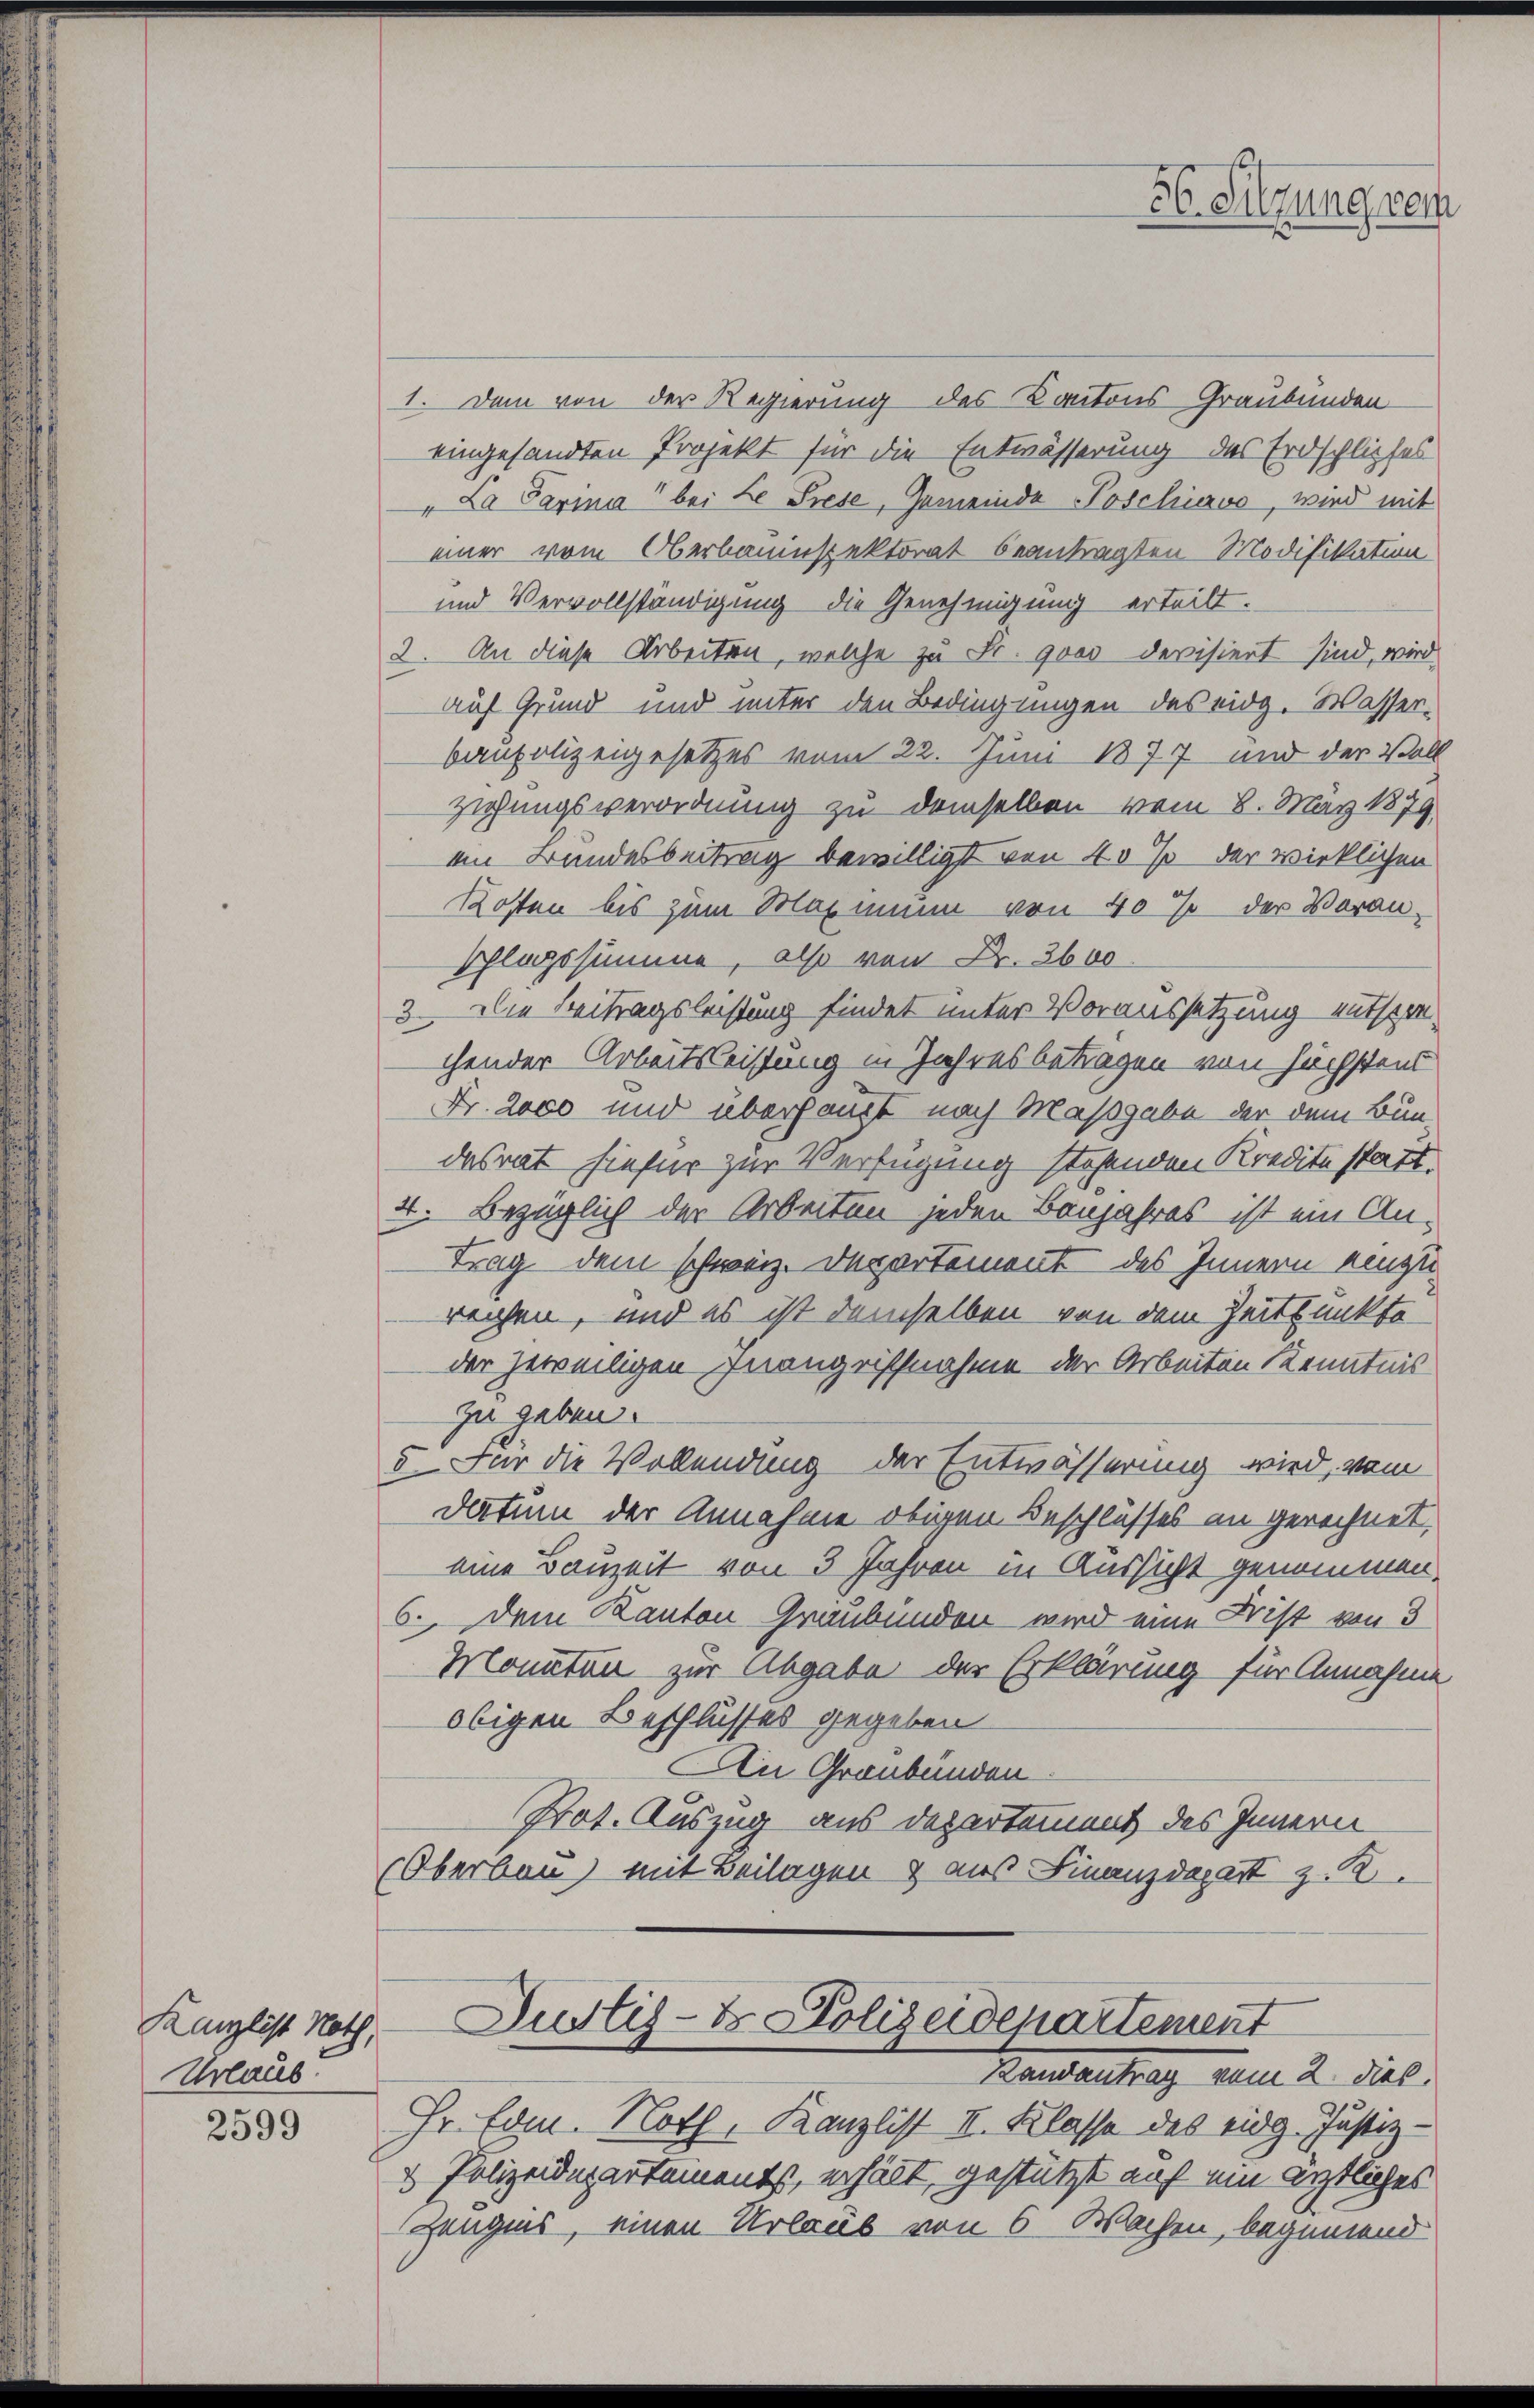
Kanzlist Noth,
Urlaub.

2599

.

56. Silzung rei

1. Dem von der Regierung des Kantons Graubünden
eingesandten Projekt für die Entwässerung des Erdschliefes
"La Parina bei Le Trese, Gemeinde Poschiavo, wird mit
einer vom Oberbauinspektorat beantragten Modifikation
und Vervollständigung die Genehmigung erteilt.
2. An diese Arbeiten, welche zu Fr. 9000 devisiert sind, wird
auf Grund und unter den Bedingungen des eidg. Wasserbaupolizeigesetzes vom 22. Juni 1877 und der Voll
ziehungsverordnung zu demselben vom 8. März 1879.
em Bundesbeitrag bewilligt von 40 % der wirklichen
Kosten bis zum Maximum von 40% der Voranschlagssumme, also von Fr. 3600
3. Die Beitragsleistung findet unter Voraussetzung entsprechender Arbeitsleistung in Jahresbetragen von höchstens
Fr. 2000 und überhaupt nach Maßgabe der dem Bun-
desrat hiefür zur Verfügung stehenden Kredite statt.
4. Bezüglich der Arbeiten jeden Banjahres ist ein An-
trag dem schweiz. Departement des Innern einzu
rechen, und es ist demselben von dem Zeitpunkte
der jeweiligen Inangriffnahme der Arbeiten Kenntnis
zu geben
5. Für die Vollendung der Entwässerung wird, vom
Datum der Annahme obigen Beschlusses an gerechnet,
eine Bauzeit von 3 Jahren in Aussicht genommen.
6. Dem Kanton Graubünden wird eine Frist von 3
Monaten zur Abgabe der Erklärung für Annahme
obigen Beschlusses gegeben
An Graubünden
Not. Auszug aus Departement des Innern
Oberbau) mit Beilagen & aus Finanzdepart z. K.

Hr. Com. Noth, Kanzlist II. Klasse des eidg. Justiz-
3 Polizeidepartementst, erhält, gestützt auf ein ärztliches
Zeugnis, einen Urlaub von 6 Wochen, beginnend

Justiz- & Polizeidepartement
Tantentrag auf 2. dies